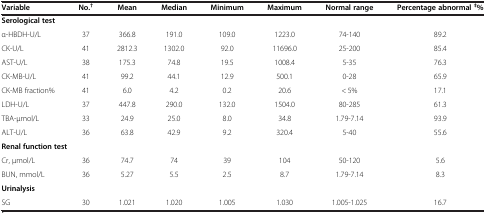
<table><thead><tr><td><b>Variable</b></td><td><b>No.<sup>†</sup></b></td><td><b>Mean</b></td><td><b>Median</b></td><td><b>Minimum</b></td><td><b>Maximum</b></td><td><b>Normal range</b></td><td><b>Percentage abnormal<sup>‡</sup>%</b></td></tr></thead><tbody><tr><td colspan="8"><b>Serological test</b></td></tr><tr><td>α-HBDH-U/L</td><td>37</td><td>366.8</td><td>191.0</td><td>109.0</td><td>1223.0</td><td>74-140</td><td>89.2</td></tr><tr><td>CK-U/L</td><td>41</td><td>2812.3</td><td>1302.0</td><td>92.0</td><td>11696.0</td><td>25-200</td><td>85.4</td></tr><tr><td>AST-U/L</td><td>38</td><td>175.3</td><td>74.8</td><td>19.5</td><td>1008.4</td><td>5-35</td><td>76.3</td></tr><tr><td>CK-MB-U/L</td><td>41</td><td>99.2</td><td>44.1</td><td>12.9</td><td>500.1</td><td>0-28</td><td>65.9</td></tr><tr><td>CK-MB fraction%</td><td>41</td><td>6.0</td><td>4.2</td><td>0.2</td><td>20.6</td><td>&lt; 5%</td><td>17.1</td></tr><tr><td>LDH-U/L</td><td>37</td><td>447.8</td><td>290.0</td><td>132.0</td><td>1504.0</td><td>80-285</td><td>61.3</td></tr><tr><td>TBA-μmol/L</td><td>33</td><td>24.9</td><td>25.0</td><td>8.0</td><td>34.8</td><td>1.79-7.14</td><td>93.9</td></tr><tr><td>ALT-U/L</td><td>36</td><td>63.8</td><td>42.9</td><td>9.2</td><td>320.4</td><td>5-40</td><td>55.6</td></tr><tr><td colspan="8"><b>Renal function test</b></td></tr><tr><td>Cr, μmol/L</td><td>36</td><td>74.7</td><td>74</td><td>39</td><td>104</td><td>50-120</td><td>5.6</td></tr><tr><td>BUN, mmol/L</td><td>36</td><td>5.27</td><td>5.5</td><td>2.5</td><td>8.7</td><td>1.79-7.14</td><td>8.3</td></tr><tr><td colspan="8"><b>Urinalysis</b></td></tr><tr><td>SG</td><td>30</td><td>1.021</td><td>1.020</td><td>1.005</td><td>1.030</td><td>1.005-1.025</td><td>16.7</td></tr></tbody></table>